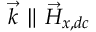
\vec { k } \parallel \vec { H } _ { x , d c }